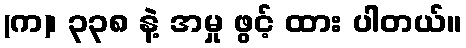
(က)၊ ၃၃၈ နဲ့ အမှု ဖွင့် ထား ပါတယ်။